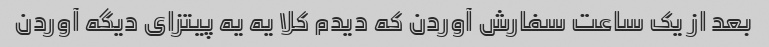
بعد از یک ساعت سفارش آوردن که دیدم کلا یه یه پیتزای دیگه آوردن